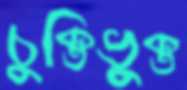
চুক্তিভুক্ত